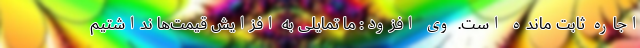
اجاره ثابت مانده است. وی افزود: ما تمایلی به افزایش قیمت‌ها نداشتیم